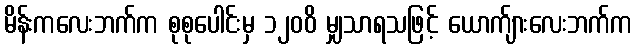
မိန်းကလေးဘက်က စုစုပေါင်းမှ ၁၂၀၀ိ မျှသာရသဖြင့် ယောက်ျားလေးဘက်က